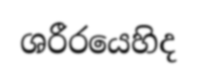
ශරීරයෙහිද